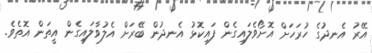
އޭރު އެނދުގެ ހުރަހަށް އޮށޯވެލައިގެން ފައިކޮޅު އެނދުން ބޭރަށް އެލުވާލައިގެން އީތަން އޮތެވެ.